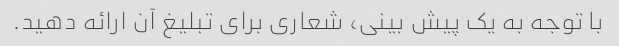
با توجه به یک پیش بینی، شعاری برای تبلیغ آن ارائه دهید.